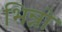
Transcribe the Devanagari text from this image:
भिन्नो